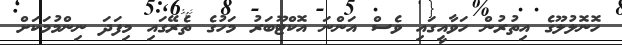
ހޮނޮލުލޫގެ އިތުރުން ހަވާއީގައި ވެސް އަންނަ އޮކްޓޫބަރު މަހުގެ ތެރޭގައި މިފަދަ ނިންމުމަކަށް